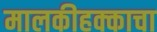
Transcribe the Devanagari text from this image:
मालकीहक्काचा